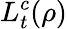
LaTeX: L_{t}^{c}(\rho)